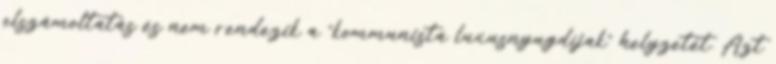
elszámoltatás és nem rendezik a “kommunista luxusnyugdíjak” helyzetét. Azt